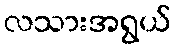
လသားအရွယ်